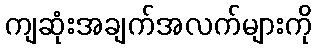
ကျဆုံးအချက်အလက်များကို